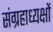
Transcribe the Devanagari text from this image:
संग्रहाध्यक्षों